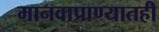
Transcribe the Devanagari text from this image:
मानवाप्राण्यातही